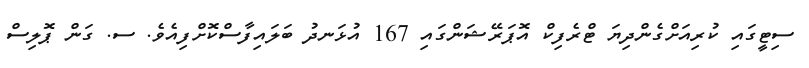
ސިޓީގައި ކުރިއަށްގެންދިޔަ ޓްރެފިކް އޮޕަރޭޝަންގައި 167 އުޅަނދު ބަލައިފާސްކޮށްފިއެވެ. ސ. ގަން ޕޮލިސް